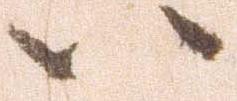
い